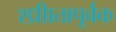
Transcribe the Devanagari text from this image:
श्ध्रीातापूर्वक